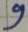
Text: 9